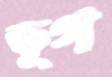
ভূগ